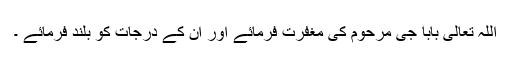
اللہ تعالی بابا جی مرحوم کی مغفرت فرمائے اور ان کے درجات کو بلند فرمائے ۔